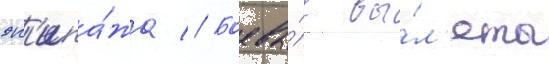
эк'ипа́жа // Боевы́е вы́л'еты